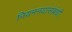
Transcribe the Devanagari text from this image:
नियमनयासंबंधी